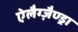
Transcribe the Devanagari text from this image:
ऐलैग्ज़ैण्ड्रा